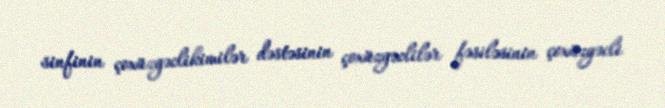
sinfinin çoxüzgəclikimilər dəstəsinin çoxüzgəclilər fəsiləsinin çoxüzgəcli